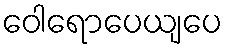
ဝေါရောပေယျပေ